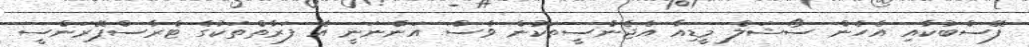
ފޭސްބުކާއި އެހެން ސޯޝަލް މީޑިއާ އެޖެންސީތަކުން ވެސް އަންނަނީ އެ ފަރާތްތަކުގެ ޓްރާސްޕޭރަންސީ